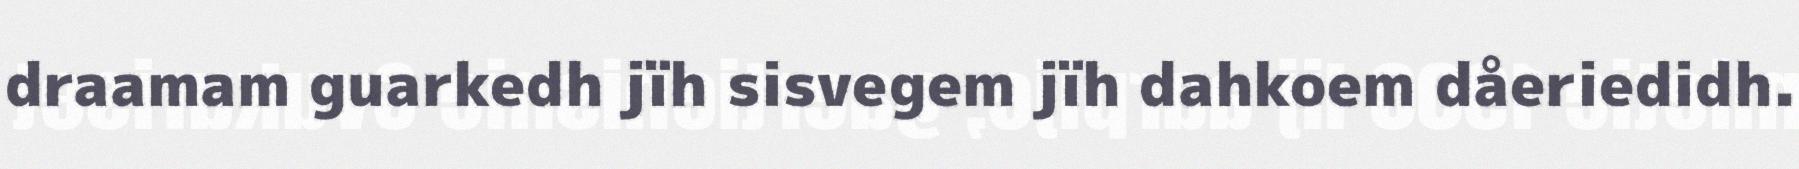
draamam guarkedh jïh sisvegem jïh dahkoem dåeriedidh.